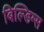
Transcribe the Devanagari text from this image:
बिल्डिग्स